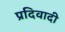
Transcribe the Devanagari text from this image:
प्रदिवादी